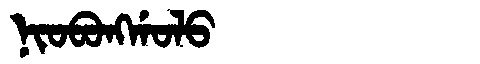
Manchu: ᠨᡳᠣᠪᠣᠩᡤᠣᠯᠣ
Romanization: NIOBONGGOLO